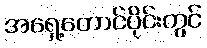
အရှေ့တောင်ပိုင်းတွင်